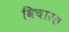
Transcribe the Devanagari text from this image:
विचार॥